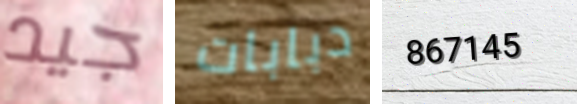
جيد دبابات 867145